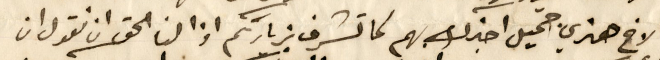
الاخ هنري جميل اخبرك بهم لما تشرف بزيارتكم اذا لنا الحق ان نقول ان